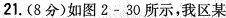
21. (8分)如图2-30所示，我区某